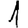
Digit: 1